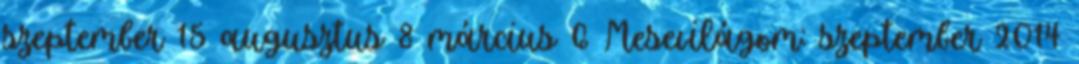
szeptember 15 augusztus 8 március 6 Mesevilágom: szeptember 2014